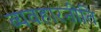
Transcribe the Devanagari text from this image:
व्यवहारनीति